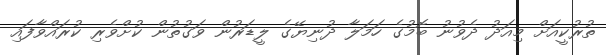
ތުރުކީއަށް މިއަދު ދެވުނު ބޮމުގެ ހަމަލާ ދުނިޔޭގެ ލީޑަރުން ވަގުތުން ކުށްވެރި ކުރައްވާފައި